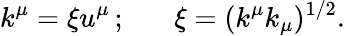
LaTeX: k^{\mu}=\xi u^{\mu}\, ;\; \; \; \; \; \; \xi=(k^{\mu}k_{\mu})^{1/2}.